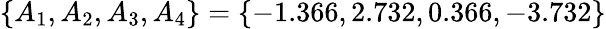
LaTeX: \{ A_{1},A_{2},A_{3},A_{4}\} =\{ -1.366,2.732,0.366,-3.732\}